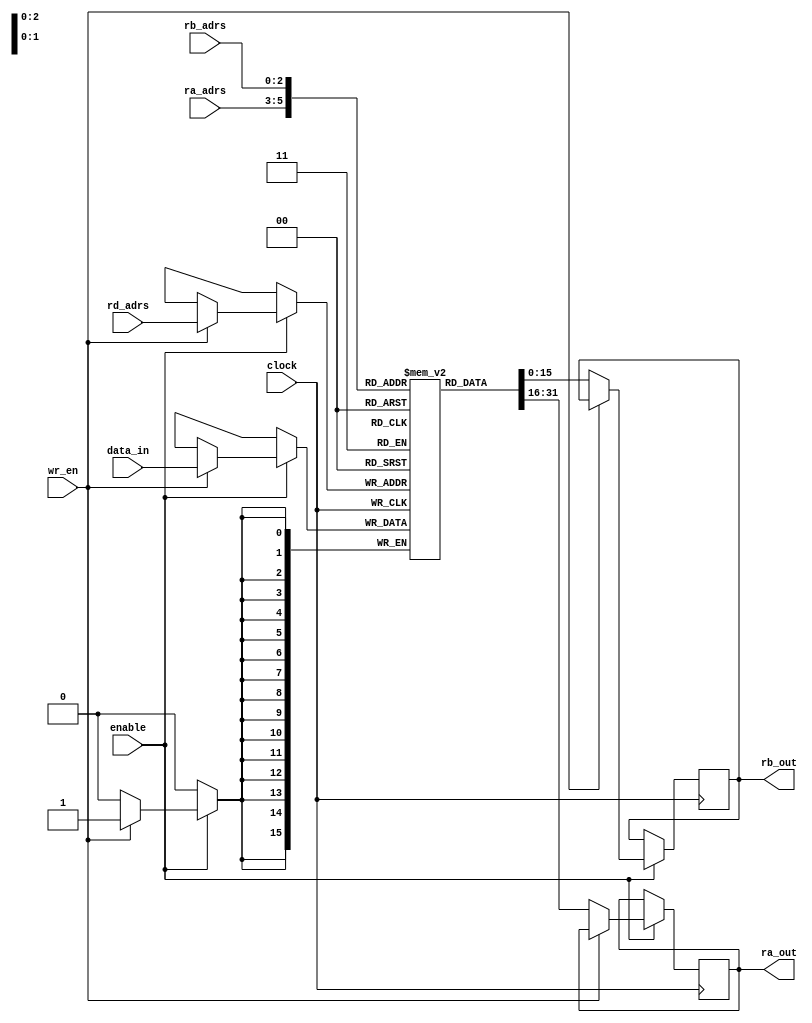
module internal_register( clock, enable, rd_adrs, ra_adrs, rb_adrs, wr_en, data_in, ra_out, rb_out);


input clock;
input enable;
input wr_en;
input[2:0] rd_adrs;
input[2:0] ra_adrs;
input[2:0] rb_adrs;
input[15:0] data_in;
output[15:0] ra_out;
output[15:0] rb_out;

reg[15:0] ra_out = 0;
reg[15:0] rb_out = 0;


reg[15:0] internal_reg[0:7];


always@(posedge clock)
begin
	if(enable)
	begin
		if(wr_en)
		begin
		 internal_reg[rd_adrs][15:0] <= data_in;
		end
		else
		begin
		 ra_out <= internal_reg[ra_adrs][15:0];
		 rb_out <= internal_reg[rb_adrs][15:0];
		end
	end

end

endmodule